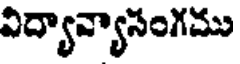
విద్యావ్యాసంగము